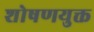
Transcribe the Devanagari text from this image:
शोषणयुक्त